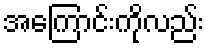
အကြောင်းကိုလည်း